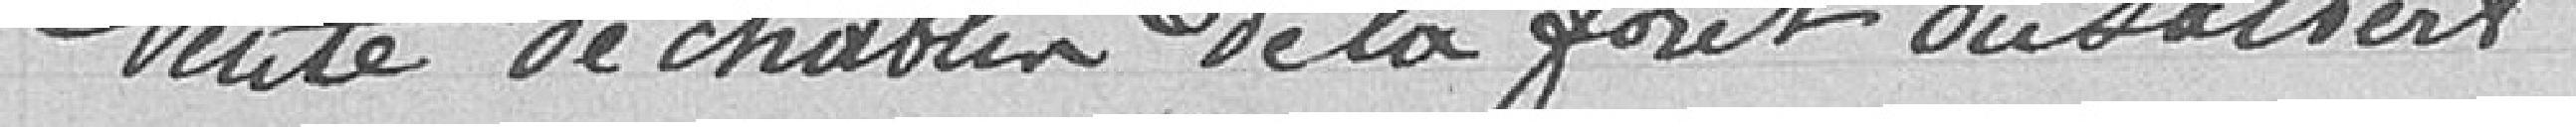
Vente de chablin de la forêt du Salbert